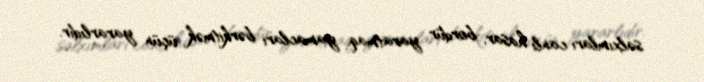
salxımları canlı hasar, bordür yaratmaq, yamacları bərkitmək üçün yararlıdır.